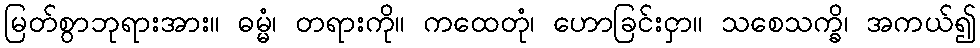
မြတ်စွာဘုရားအား။ ဓမ္မံ၊ တရားကို။ ကထေတုံ၊ ဟောခြင်းငှာ။ သစေသက္ခိ၊ အကယ်၍